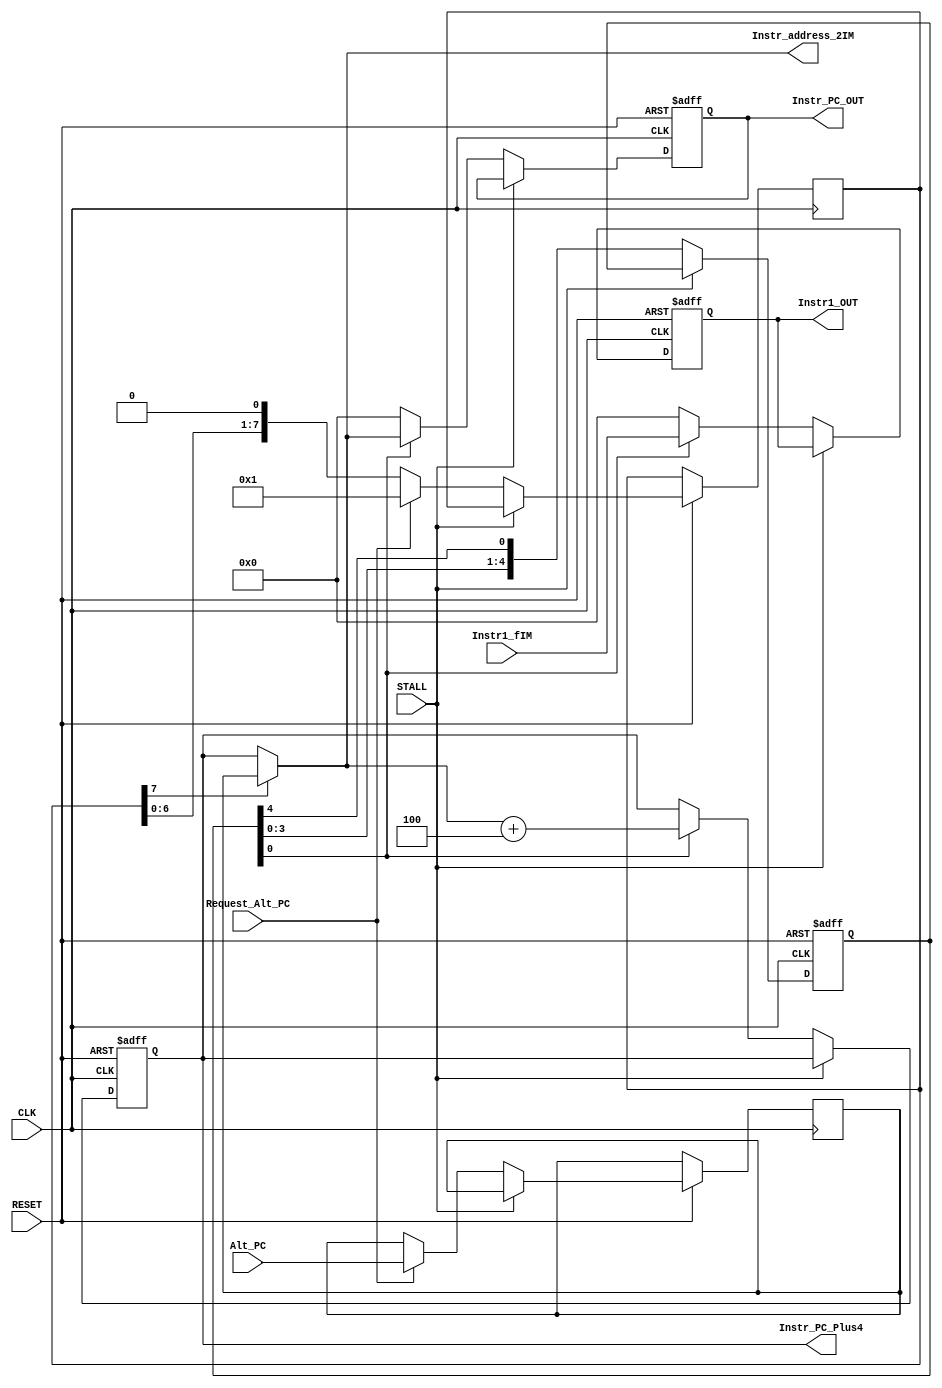
module  IF
(
	input CLK,
	input RESET,

	output reg [31:0] Instr1_OUT,//This should contain the fetched instruction
	output reg [31:0] Instr_PC_OUT,//This should contain the address of the fetched instruction [DEBUG purposes]
	output reg [31:0] Instr_PC_Plus4,//This should contain the address of the instruction after the fetched instruction (used by ID)

	input STALL,//Will be set to true if we need to just freeze the fetch stage.

	input Request_Alt_PC, //There was probably a branch -- please load the alternate PC instead of Instr_PC_Plus4.
	input [31:0] Alt_PC,//Alternate PC to load

	output [31:0] Instr_address_2IM,//Address from which we want to fetch an instruction
	input [31:0]   Instr1_fIM//Instruction received from instruction memory
);

wire [31:0] IncrementAmount;

//Since we're a multicycle datapath, we need to account for the MIPS branch delay slot
//in an unconventional way
reg [31:0]	BranchAddress;
reg [7:0] 	BranchRing;
reg [4:0]   InstructionRing;

assign IncrementAmount = 32'd4; //NB: This might get modified for superscalar.
assign Instr_address_2IM = BranchRing[7]?BranchAddress:Instr_PC_Plus4;


always @(posedge CLK or negedge RESET) begin
	if(!RESET) begin
		Instr1_OUT <= 0;
		Instr_PC_OUT <= 0;
		Instr_PC_Plus4 <= 32'hBFC00000;
		InstructionRing <= 5'b00001;
		$display("FETCH [RESET] Fetching @%x", Instr_PC_Plus4);
	end else if(CLK) begin
		if(!STALL) begin
			Instr1_OUT <= InstructionRing[0]?Instr1_fIM:32'b0;
			Instr_PC_OUT <= InstructionRing[0]?Instr_address_2IM:32'b0;
			//This needs to be changed for a non-multicycle datapath
			BranchAddress <= (Request_Alt_PC)?Alt_PC:BranchAddress;
			BranchRing <= (Request_Alt_PC)?(8'b1):({BranchRing[6:0], {1'b0}});
			InstructionRing <= {{InstructionRing[3:0]}, {InstructionRing[4]}};
			Instr_PC_Plus4 <= InstructionRing[0]?(Instr_address_2IM + IncrementAmount):Instr_PC_Plus4;

			$display("FETCH:Instr@%x=%x;Next@%x",Instr_address_2IM,Instr1_fIM,Instr_address_2IM + IncrementAmount);
			$display("FETCH:ReqAlt[%d]=%x",Request_Alt_PC,Alt_PC);
			$display("FETCH:Ring %09b %08x", BranchRing, BranchAddress);
			$display("FETCH:InstrRing %04b", InstructionRing);
		end else begin
			$display("FETCH: Stalling; next request will be %x",Instr_address_2IM);
		end
	end
end

endmodule